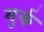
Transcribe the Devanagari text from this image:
मुर्क